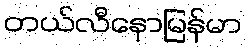
တယ်လီနောမြန်မာ